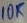
Text: 10k